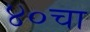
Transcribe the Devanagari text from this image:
४०चा